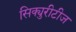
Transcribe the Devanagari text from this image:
सिक्युरीटीज